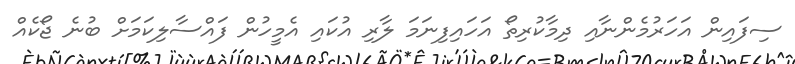
ސިފައިން އަހަރުމެންނާއި ދިމާކުރިތޯ އަހައިފިނަމަ ލާރި އުކައި އެމީހުން ފައްސާލިކަމަށް ބުނެ ޖޯކެއް